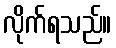
လိုက်ရသည်။